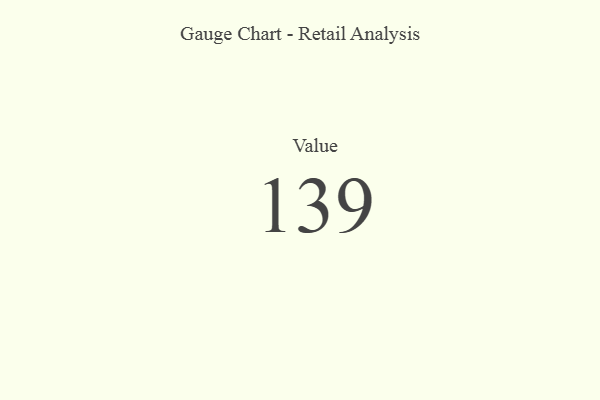
{"axis": {"x": "Metric", "y": "Value"}, "legend": [""], "data": [{"x": "Value", "y": 139, "type": ""}]}